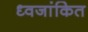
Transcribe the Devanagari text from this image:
ध्वजांकित